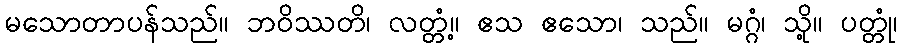
မသောတာပန်သည်။ ဘဝိဿတိ၊ လတ္တံ့။ ဧသ ဧသော၊ သည်။ မဂ္ဂံ၊ သို့။ ပတ္တုံ၊